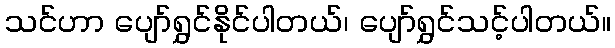
သင်ဟာ ပျော်ရွှင်နိုင်ပါတယ်၊ ပျော်ရွှင်သင့်ပါတယ်။